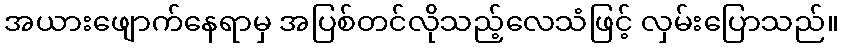
အယားဖျောက်နေရာမှ အပြစ်တင်လိုသည့်လေသံဖြင့် လှမ်းပြောသည်။